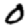
Digit: 0